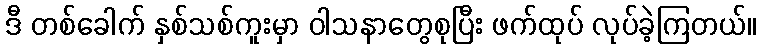
ဒီ တစ်ခေါက် နှစ်သစ်ကူးမှာ ဝါသနာတွေစုပြီး ဖက်ထုပ် လုပ်ခဲ့ကြတယ်။